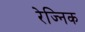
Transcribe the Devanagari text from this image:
रेज्निक